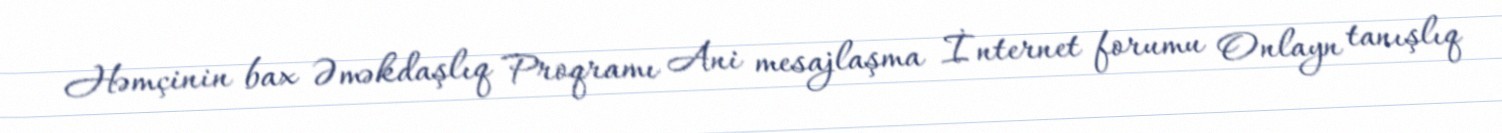
Həmçinin bax Əməkdaşlıq Proqramı Ani mesajlaşma İnternet forumu Onlayn tanışlıq